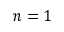
n = 1